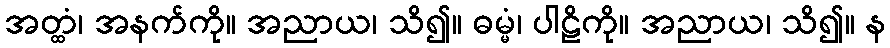
အတ္ထံ၊ အနက်ကို။ အညာယ၊ သိ၍။ ဓမ္မံ၊ ပါဠိကို။ အညာယ၊ သိ၍။ န